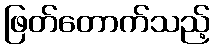
ဖြတ်တောက်သည့်